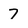
Character: 7